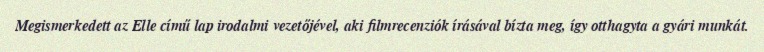
Megismerkedett az Elle című lap irodalmi vezetőjével, aki filmrecenziók írásával bízta meg, így otthagyta a gyári munkát.